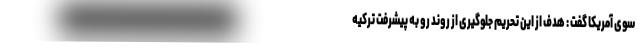
سوی آمریکا گفت : هدف از این تحریم‌ جلوگیری از روند رو به پیشرفت ترکیه